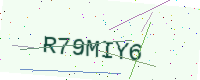
Text: R79MIY6